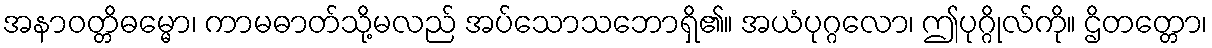
အနာဝတ္တိဓမ္မော၊ ကာမဓာတ်သို့မလည် အပ်သောသဘောရှိ၏။ အယံပုဂ္ဂလော၊ ဤပုဂ္ဂိုလ်ကို။ ဌိတတ္တော၊